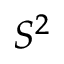
S ^ { 2 }